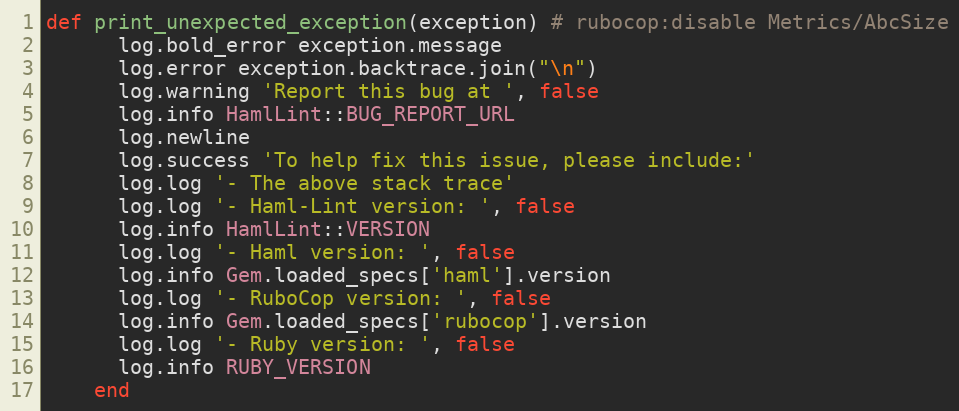
Language: Ruby
def print_unexpected_exception(exception) # rubocop:disable Metrics/AbcSize
      log.bold_error exception.message
      log.error exception.backtrace.join("\n")
      log.warning 'Report this bug at ', false
      log.info HamlLint::BUG_REPORT_URL
      log.newline
      log.success 'To help fix this issue, please include:'
      log.log '- The above stack trace'
      log.log '- Haml-Lint version: ', false
      log.info HamlLint::VERSION
      log.log '- Haml version: ', false
      log.info Gem.loaded_specs['haml'].version
      log.log '- RuboCop version: ', false
      log.info Gem.loaded_specs['rubocop'].version
      log.log '- Ruby version: ', false
      log.info RUBY_VERSION
    end